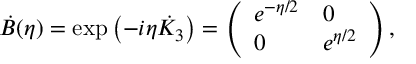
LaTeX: \dot { B } ( \eta ) = \exp { \left( - i \eta \dot { K } _ { 3 } \right) } = \left( \begin{array} { l l } { { e ^ { - \eta / 2 } } } & { { 0 } } \\ { { 0 } } & { { e ^ { \eta / 2 } } } \end{array} \right) ,